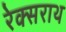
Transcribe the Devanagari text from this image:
रेक्सराथ